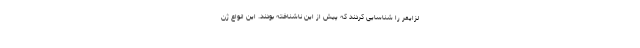
لزایمر را شناسایی کردند که پیش از این ناشناخته بودند. این انواع ژن